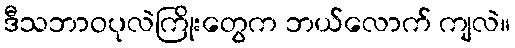
ဒီသဘာဝပုလဲကြိုးတွေက ဘယ်လောက် ကျလဲ။